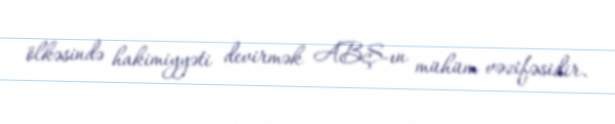
ölkəsində hakimiyyəti devirmək ABŞ-ın mühüm vəzifəsidir.